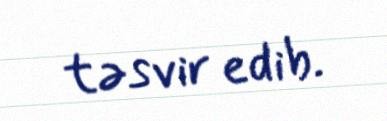
təsvir edib.